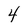
Character: 4